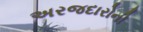
અરજદારોની